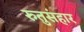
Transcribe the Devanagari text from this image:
रुतुसंहार